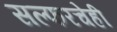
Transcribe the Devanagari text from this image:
सल्फरचेही